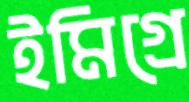
ইমিগ্রে